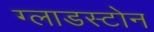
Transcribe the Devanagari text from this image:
ग्लाडस्टोन